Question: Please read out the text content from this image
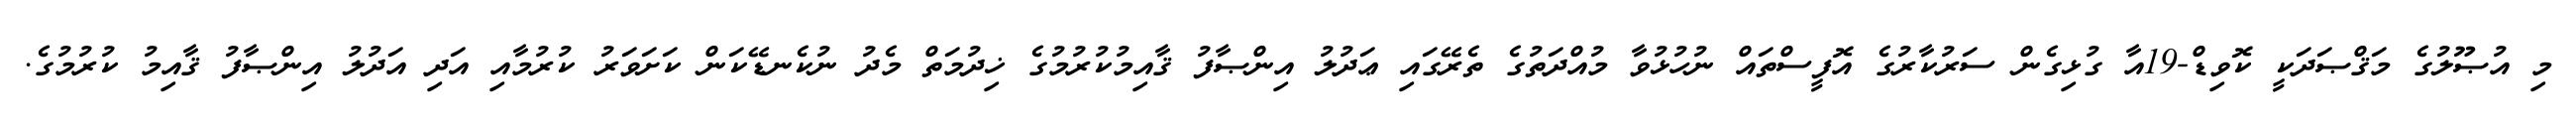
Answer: މި އުޞޫލުގެ މަޤްޞަދަކީ ކޮވިޑް-19އާ ގުޅިގެން ސަރުކާރުގެ އޮފީސްތައް ނުހުޅުވާ މުއްދަތުގެ ތެރޭގައި ޢަދުލު އިންޞާފު ޤާއިމުކުރުމުގެ ޚިދުމަތް މެދު ނުކެނޑޭކަން ކަށަވަރު ކުރުމާއި އަދި އަދުލު އިންޞާފު ޤާއިމު ކުރުމުގެ.